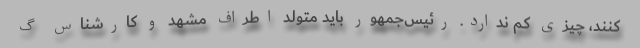
کنند، چیزی کم ندارد. رئیس‌جمهور باید متولد اطراف مشهد و کارشناس گ